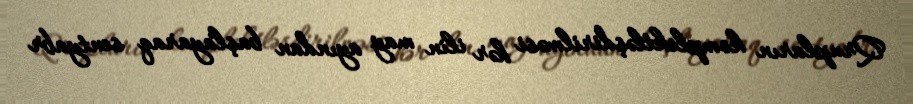
Qrupların komplektləşdirilməsi hər ilin may ayından başlayaraq sentyabr